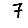
Digit: 7